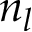
n _ { l }